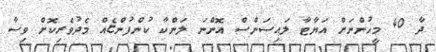
ދާ 40 މީހުންނަށް އަޔާޓާ ލައިސަންސް އޮންނަ ލަންކާ ކުންފުންޏެއް މެދުވެރިކޮށް ވިސާ